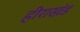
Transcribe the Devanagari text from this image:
हीराखंड